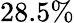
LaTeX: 28.5\%